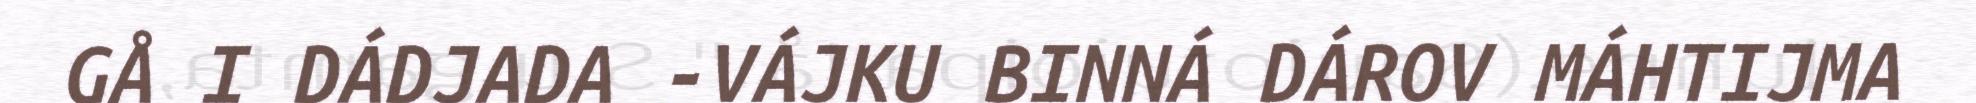
GÅ I DÁDJADA -VÁJKU BINNÁ DÁROV MÁHTIJMA